Proceedings of the meeting of veterinary officers in India
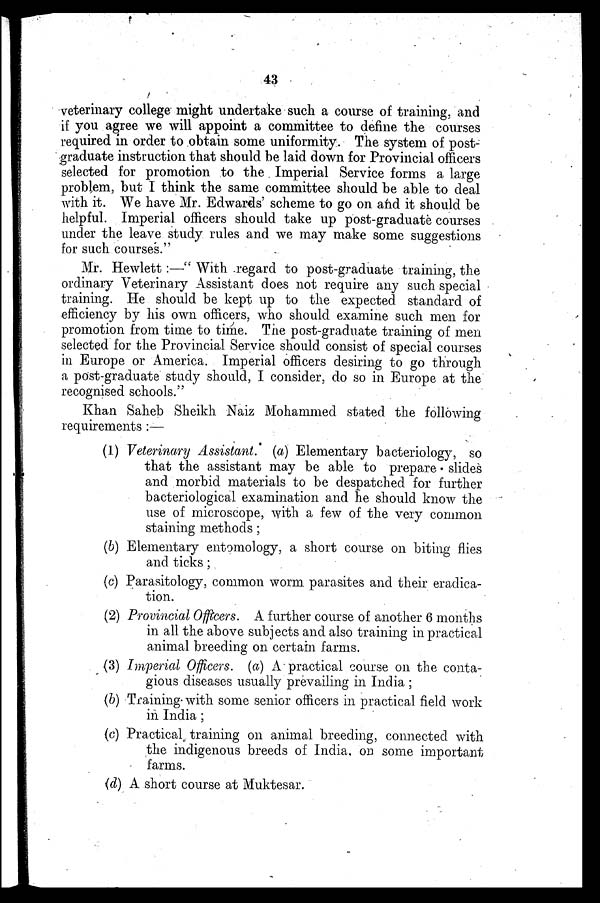
43
veterinary college might undertake such a course of training, and
if you agree we will appoint a committee to define the courses
required in order to obtain some uniformity. The system of post-
graduate instruction that should be laid down for Provincial officers
selected for promotion to the Imperial Service forms a large
problem, but I think the same committee should be able to deal
with it. We have Mr. Edwards' scheme to go on and it should be
helpful. Imperial officers should take up post-graduate courses
under the leave study rules and we may make some suggestions
for such courses."
Mr. Hewlett:—"With regard to post-graduate training, the
ordinary Veterinary Assistant does not require any such special
training. He should be kept up to the expected standard of
efficiency by his own officers, who should examine such men for
promotion from time to time. The post-graduate training of men
selected for the Provincial Service should consist of special courses
in Europe or America. Imperial officers desiring to go through
a post-graduate study should, I consider, do so in Europe at the
recognised schools."
Khan Saheb Sheikh Naiz Mohammed stated the following
requirements:—
(1) Veterinary Assistant. (a) Elementary bacteriology, so
that the assistant may be able to prepare . slides
and morbid materials to be despatched for further
bacteriological examination and he should know the
use of microscope, with a few of the very common
staining methods;
(b) Elementary entomology, a short course on biting flies
and ticks;
(c) Parasitology, common worm parasites and their eradica-
tion.
(2) Provincial Officers. A further course of another 6 months
in all the above subjects and also training in practical
animal breeding on certain farms.
(3) Imperial Officers. (a) A practical course on the conta-
gious diseases usually prevailing in India;
(b) Training with some senior officers in practical field work
in India;
(c) Practical training on animal breeding, connected with
the indigenous breeds of India. on some important
farms.
(d) A short course at Muktesar.